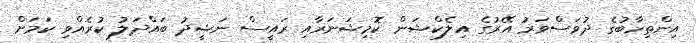
އިންތިހާބުގެ ދުވަސްވަރު އޭރުގެ އިލެކްޝަން ކޮމިޝަނަރާއި ރައީސް ނަޝީދު ބައްދަލު ކުރެއްވި ކަމަށް